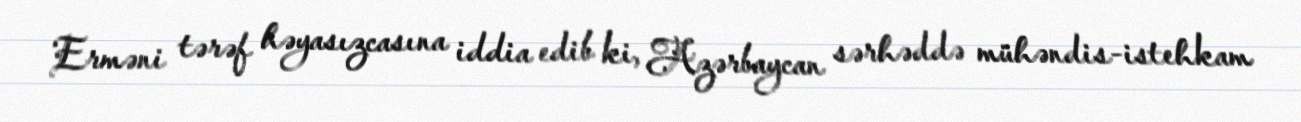
Erməni tərəf həyasızcasına iddia edib ki, Azərbaycan sərhəddə mühəndis-istehkam